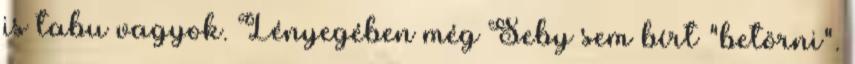
is tabu vagyok. Lényegében még Seby sem bírt "betörni".